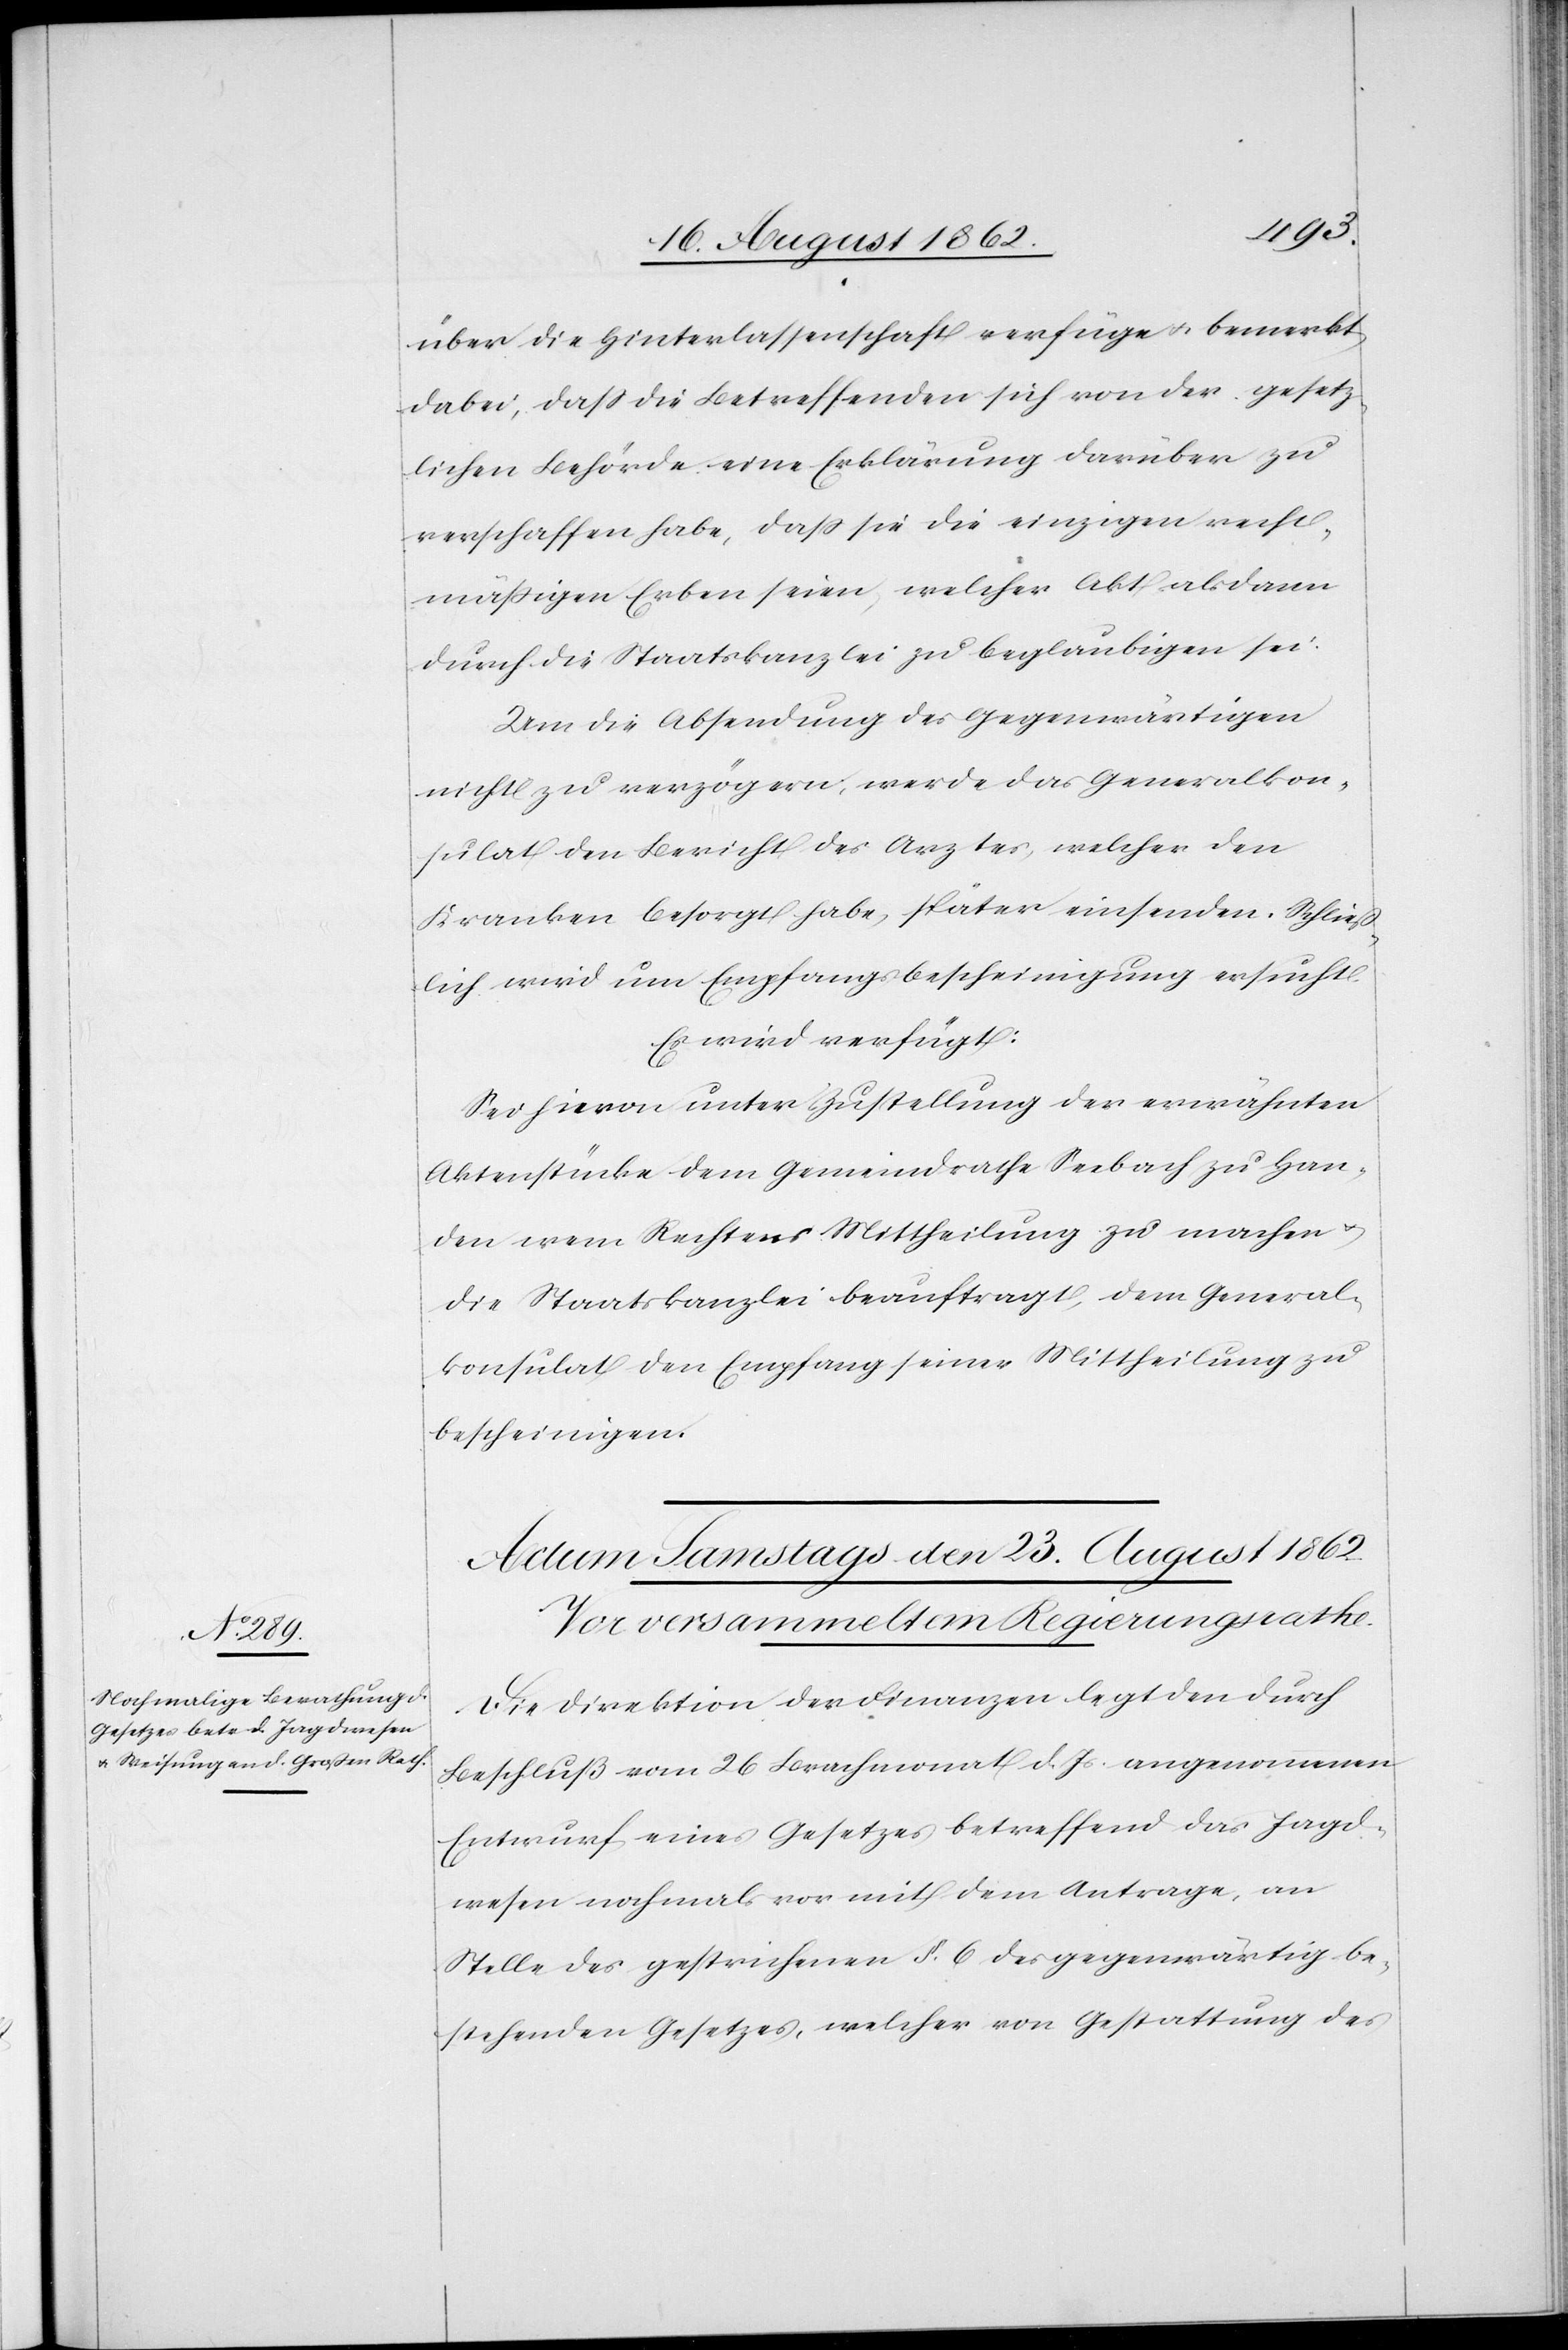
über die Hinterlassenschaft verfüge u. bemerkt
dabei, daß die Betreffenden sich von der gesetz¬
lichen Behörde eine Erklärung darüber zu
verschaffen haben, daß sie die einzigen recht¬
mäßigen Erben seien, welcher Akt alsdann
durch die Staatskanzlei zu beglaubigen sei.
Um die Absendung des Gegenwärtigen
nicht zu verzögern, werde das Generalkon¬
sulat den Bericht des Arztes, welcher den
Kranken besorgt habe, später einsenden. Schließ¬
lich wird um Empfangsbescheinigung ersucht.
Es wird verfügt:
Sei hievon unter Zustellung der erwähnten
Aktenstücke dem Gemeindrathe Seebach zu Han¬
den wem Rechtens Mittheilung zu machen u.
die Staatskanzlei beauftragt, dem General¬
konsulat den Empfang seiner Mittheilung zu
bescheinigen.
Die Direktion der Finanzen legt den durch
Beschluß vom 26. Brachmonat d. Js. angenommenen
Entwurf eines Gesetzes betreffend das Jagd¬
wesen nochmals vor mit dem Antrage, an
Stelle des gestrichenen §. 6 des gegenwärtig be¬
stehenden Gesetzes, welches von Gestattung des